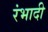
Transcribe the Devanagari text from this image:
रंभादी